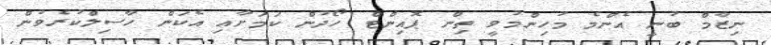
ނިޒާމް ބުނީ އެންމެ މުހިންމުވީ ތިން ޕޮއިންޓް ހޯދުން ކަމަށާއި އެކަން ހާސިލްކުރެވުން